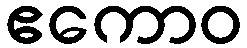
ဧကောဝ